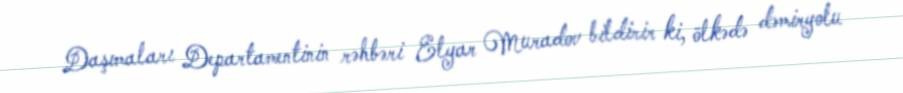
Daşımaları Departamentinin rəhbəri Elyar Muradov bildirir ki, ölkədə dəmiryolu